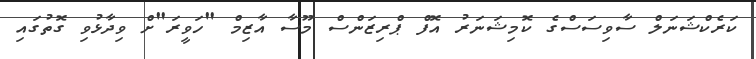
ކަރެކްޝަނަލް ސާވިސަސްގެ ކޮމިޝަނަރު އޮފް ޕްރިޒަންސް މޫސާ އާޒިމް "ހަވީރަ"ށް ވިދާޅުވި ގޮތުގައި